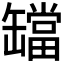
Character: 𬙔